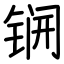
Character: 锎